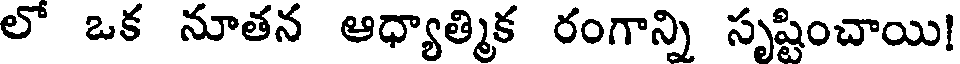
లో ఒక నూతన ఆధ్యాత్మిక రంగాన్ని సృష్టించాయి!